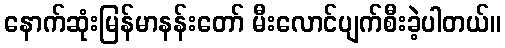
နောက်ဆုံးမြန်မာနန်းတော် မီးလောင်ပျက်စီးခဲ့ပါတယ်။